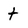
Character: t